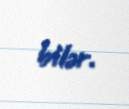
bilər.